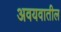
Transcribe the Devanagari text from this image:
अवयवातील